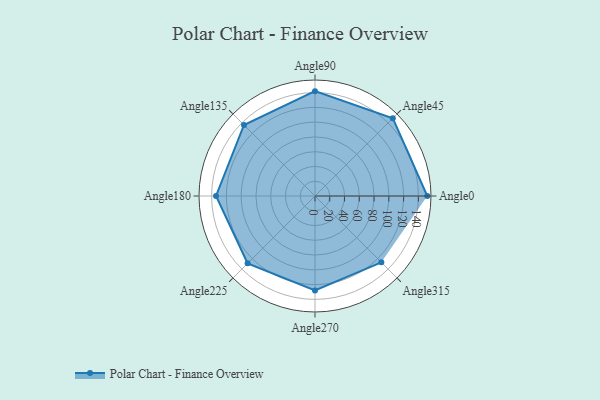
{"axis": {"x": "Angle", "y": "Radius"}, "legend": [""], "data": [{"x": "Angle0", "y": 152.0, "type": ""}, {"x": "Angle45", "y": 149.0, "type": ""}, {"x": "Angle90", "y": 142.0, "type": ""}, {"x": "Angle135", "y": 136.0, "type": ""}, {"x": "Angle180", "y": 134.0, "type": ""}, {"x": "Angle225", "y": 129.0, "type": ""}, {"x": "Angle270", "y": 128.0, "type": ""}, {"x": "Angle315", "y": 127.0, "type": ""}]}